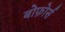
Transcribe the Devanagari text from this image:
बोफ़ोर्स